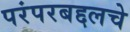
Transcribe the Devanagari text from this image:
परंपरबद्दलचे